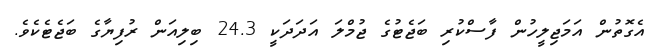
އެގޮތުން އަމަޖިލީހުން ފާސްކުރި ބަޖެޓުގެ ޖުމްލަ އަދަދަކީ 24.3 ބިލިއަން ރުފިޔާގެ ބަޖެޓެކެވެ.